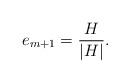
LaTeX: \begin{align*}e_{m+1}=\frac{H}{\left|H\right|}.\end{align*}